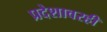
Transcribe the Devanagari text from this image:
प्रदेशावरही